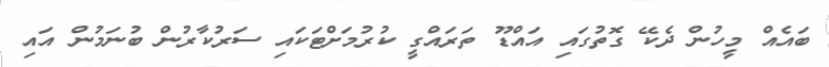
ބައެއް މީހުން ދެކޭ ގޮތުގައި އައްޑޫ ތަރައްގީ ކުރުމަށްޓަކައި ސަރުކާރުން ބުނަމުން އައި